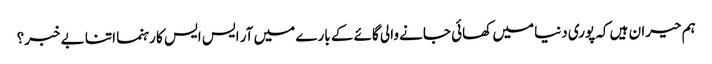
ہم حیران ہیں کہ پوری دنیا میں کھائی جانے والی گائے کے بارے میں آر ایس ایس کا رہنما اتنا بے خبر؟